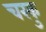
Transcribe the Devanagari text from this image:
चरकु